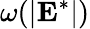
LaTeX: \omega(|\mathbf{E}^{*}|)